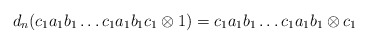
\begin{align*}d_n(c_1a_1b_1 \dots c_1a_1b_1c_1 \otimes 1) = c_1a_1b_1 \dots c_1a_1b_1 \otimes c_1 \end{align*}